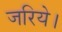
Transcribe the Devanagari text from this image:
जरिये।